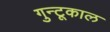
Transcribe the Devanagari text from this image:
गुन्टूकाल